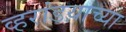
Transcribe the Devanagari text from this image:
व्हरांडय़ाच्या